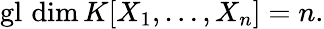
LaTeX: \operatorname{gl}\, \dim K[X_{1},\ldots,X_{n}]=n.